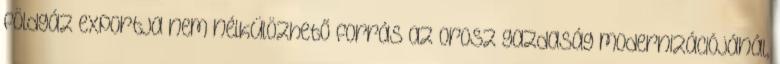
földgáz exportja nem nélkülözhető forrás az orosz gazdaság modernizációjánál,